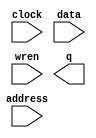
// megafunction wizard: %RAM: 1-PORT%VBB%
// GENERATION: STANDARD
// VERSION: WM1.0
// MODULE: altsyncram 

// ============================================================
// Megafunction Name(s):
// 			altsyncram
//
// Simulation Library Files(s):
// 			altera_mf
// ============================================================
// ************************************************************
// THIS IS A WIZARD-GENERATED FILE. DO NOT EDIT THIS FILE!
//
// 19.1.0 Build 670 09/22/2019 SJ Lite Edition
// ************************************************************

//Copyright (C) 2019  Intel Corporation. All rights reserved.
//Your use of Intel Corporation's design tools, logic functions 
//and other software and tools, and any partner logic 
//functions, and any output files from any of the foregoing 
//(including device programming or simulation files), and any 
//associated documentation or information are expressly subject 
//to the terms and conditions of the Intel Program License 
//Subscription Agreement, the Intel Quartus Prime License Agreement,
//the Intel FPGA IP License Agreement, or other applicable license
//agreement, including, without limitation, that your use is for
//the sole purpose of programming logic devices manufactured by
//Intel and sold by Intel or its authorized distributors.  Please
//refer to the applicable agreement for further details, at
//https://fpgasoftware.intel.com/eula.

module DATA (
	address,
	clock,
	data,
	wren,
	q);

	input	[11:0]  address;
	input	  clock;
	input	[15:0]  data;
	input	  wren;
	output	[15:0]  q;
`ifndef ALTERA_RESERVED_QIS
// synopsys translate_off
`endif
	tri1	  clock;
`ifndef ALTERA_RESERVED_QIS
// synopsys translate_on
`endif

endmodule

// ============================================================
// CNX file retrieval info
// ============================================================
// Retrieval info: PRIVATE: ADDRESSSTALL_A NUMERIC "0"
// Retrieval info: PRIVATE: AclrAddr NUMERIC "0"
// Retrieval info: PRIVATE: AclrByte NUMERIC "0"
// Retrieval info: PRIVATE: AclrData NUMERIC "0"
// Retrieval info: PRIVATE: AclrOutput NUMERIC "0"
// Retrieval info: PRIVATE: BYTE_ENABLE NUMERIC "0"
// Retrieval info: PRIVATE: BYTE_SIZE NUMERIC "8"
// Retrieval info: PRIVATE: BlankMemory NUMERIC "0"
// Retrieval info: PRIVATE: CLOCK_ENABLE_INPUT_A NUMERIC "0"
// Retrieval info: PRIVATE: CLOCK_ENABLE_OUTPUT_A NUMERIC "0"
// Retrieval info: PRIVATE: Clken NUMERIC "0"
// Retrieval info: PRIVATE: DataBusSeparated NUMERIC "1"
// Retrieval info: PRIVATE: IMPLEMENT_IN_LES NUMERIC "0"
// Retrieval info: PRIVATE: INIT_FILE_LAYOUT STRING "PORT_A"
// Retrieval info: PRIVATE: INIT_TO_SIM_X NUMERIC "0"
// Retrieval info: PRIVATE: INTENDED_DEVICE_FAMILY STRING "Cyclone IV E"
// Retrieval info: PRIVATE: JTAG_ENABLED NUMERIC "0"
// Retrieval info: PRIVATE: JTAG_ID STRING "NONE"
// Retrieval info: PRIVATE: MAXIMUM_DEPTH NUMERIC "0"
// Retrieval info: PRIVATE: MIFfilename STRING "data.hex"
// Retrieval info: PRIVATE: NUMWORDS_A NUMERIC "4096"
// Retrieval info: PRIVATE: RAM_BLOCK_TYPE NUMERIC "0"
// Retrieval info: PRIVATE: READ_DURING_WRITE_MODE_PORT_A NUMERIC "2"
// Retrieval info: PRIVATE: RegAddr NUMERIC "1"
// Retrieval info: PRIVATE: RegData NUMERIC "1"
// Retrieval info: PRIVATE: RegOutput NUMERIC "0"
// Retrieval info: PRIVATE: SYNTH_WRAPPER_GEN_POSTFIX STRING "0"
// Retrieval info: PRIVATE: SingleClock NUMERIC "1"
// Retrieval info: PRIVATE: UseDQRAM NUMERIC "1"
// Retrieval info: PRIVATE: WRCONTROL_ACLR_A NUMERIC "0"
// Retrieval info: PRIVATE: WidthAddr NUMERIC "12"
// Retrieval info: PRIVATE: WidthData NUMERIC "16"
// Retrieval info: PRIVATE: rden NUMERIC "0"
// Retrieval info: LIBRARY: altera_mf altera_mf.altera_mf_components.all
// Retrieval info: CONSTANT: CLOCK_ENABLE_INPUT_A STRING "BYPASS"
// Retrieval info: CONSTANT: CLOCK_ENABLE_OUTPUT_A STRING "BYPASS"
// Retrieval info: CONSTANT: INIT_FILE STRING "data.hex"
// Retrieval info: CONSTANT: INTENDED_DEVICE_FAMILY STRING "Cyclone IV E"
// Retrieval info: CONSTANT: LPM_HINT STRING "ENABLE_RUNTIME_MOD=NO"
// Retrieval info: CONSTANT: LPM_TYPE STRING "altsyncram"
// Retrieval info: CONSTANT: NUMWORDS_A NUMERIC "4096"
// Retrieval info: CONSTANT: OPERATION_MODE STRING "SINGLE_PORT"
// Retrieval info: CONSTANT: OUTDATA_ACLR_A STRING "NONE"
// Retrieval info: CONSTANT: OUTDATA_REG_A STRING "UNREGISTERED"
// Retrieval info: CONSTANT: POWER_UP_UNINITIALIZED STRING "FALSE"
// Retrieval info: CONSTANT: READ_DURING_WRITE_MODE_PORT_A STRING "DONT_CARE"
// Retrieval info: CONSTANT: WIDTHAD_A NUMERIC "12"
// Retrieval info: CONSTANT: WIDTH_A NUMERIC "16"
// Retrieval info: CONSTANT: WIDTH_BYTEENA_A NUMERIC "1"
// Retrieval info: USED_PORT: address 0 0 12 0 INPUT NODEFVAL "address[11..0]"
// Retrieval info: USED_PORT: clock 0 0 0 0 INPUT VCC "clock"
// Retrieval info: USED_PORT: data 0 0 16 0 INPUT NODEFVAL "data[15..0]"
// Retrieval info: USED_PORT: q 0 0 16 0 OUTPUT NODEFVAL "q[15..0]"
// Retrieval info: USED_PORT: wren 0 0 0 0 INPUT NODEFVAL "wren"
// Retrieval info: CONNECT: @address_a 0 0 12 0 address 0 0 12 0
// Retrieval info: CONNECT: @clock0 0 0 0 0 clock 0 0 0 0
// Retrieval info: CONNECT: @data_a 0 0 16 0 data 0 0 16 0
// Retrieval info: CONNECT: @wren_a 0 0 0 0 wren 0 0 0 0
// Retrieval info: CONNECT: q 0 0 16 0 @q_a 0 0 16 0
// Retrieval info: GEN_FILE: TYPE_NORMAL DATA.v TRUE
// Retrieval info: GEN_FILE: TYPE_NORMAL DATA.inc FALSE
// Retrieval info: GEN_FILE: TYPE_NORMAL DATA.cmp FALSE
// Retrieval info: GEN_FILE: TYPE_NORMAL DATA.bsf TRUE
// Retrieval info: GEN_FILE: TYPE_NORMAL DATA_inst.v FALSE
// Retrieval info: GEN_FILE: TYPE_NORMAL DATA_bb.v TRUE
// Retrieval info: LIB_FILE: altera_mf